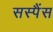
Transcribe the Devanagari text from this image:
सस्पैंस